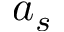
a _ { s }